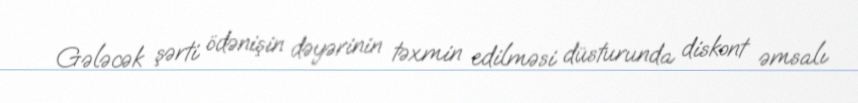
Gələcək şərti ödənişin dəyərinin təxmin edilməsi düsturunda diskont əmsalı